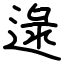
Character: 逯